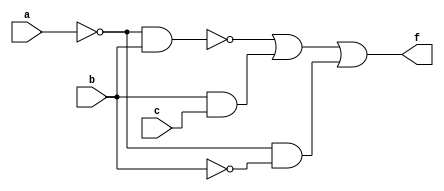
module bool_data(output f,input a,b,c);
assign f=~(~a&b)|(b&c)|(~a&~b);
endmodule